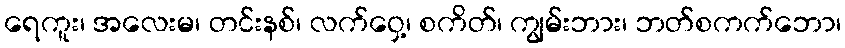
ရေကူး၊ အလေးမ၊ တင်းနစ်၊ လက်ဝှေ့၊ စကိတ်၊ ကျွမ်းဘား၊ ဘတ်စကက်ဘော၊